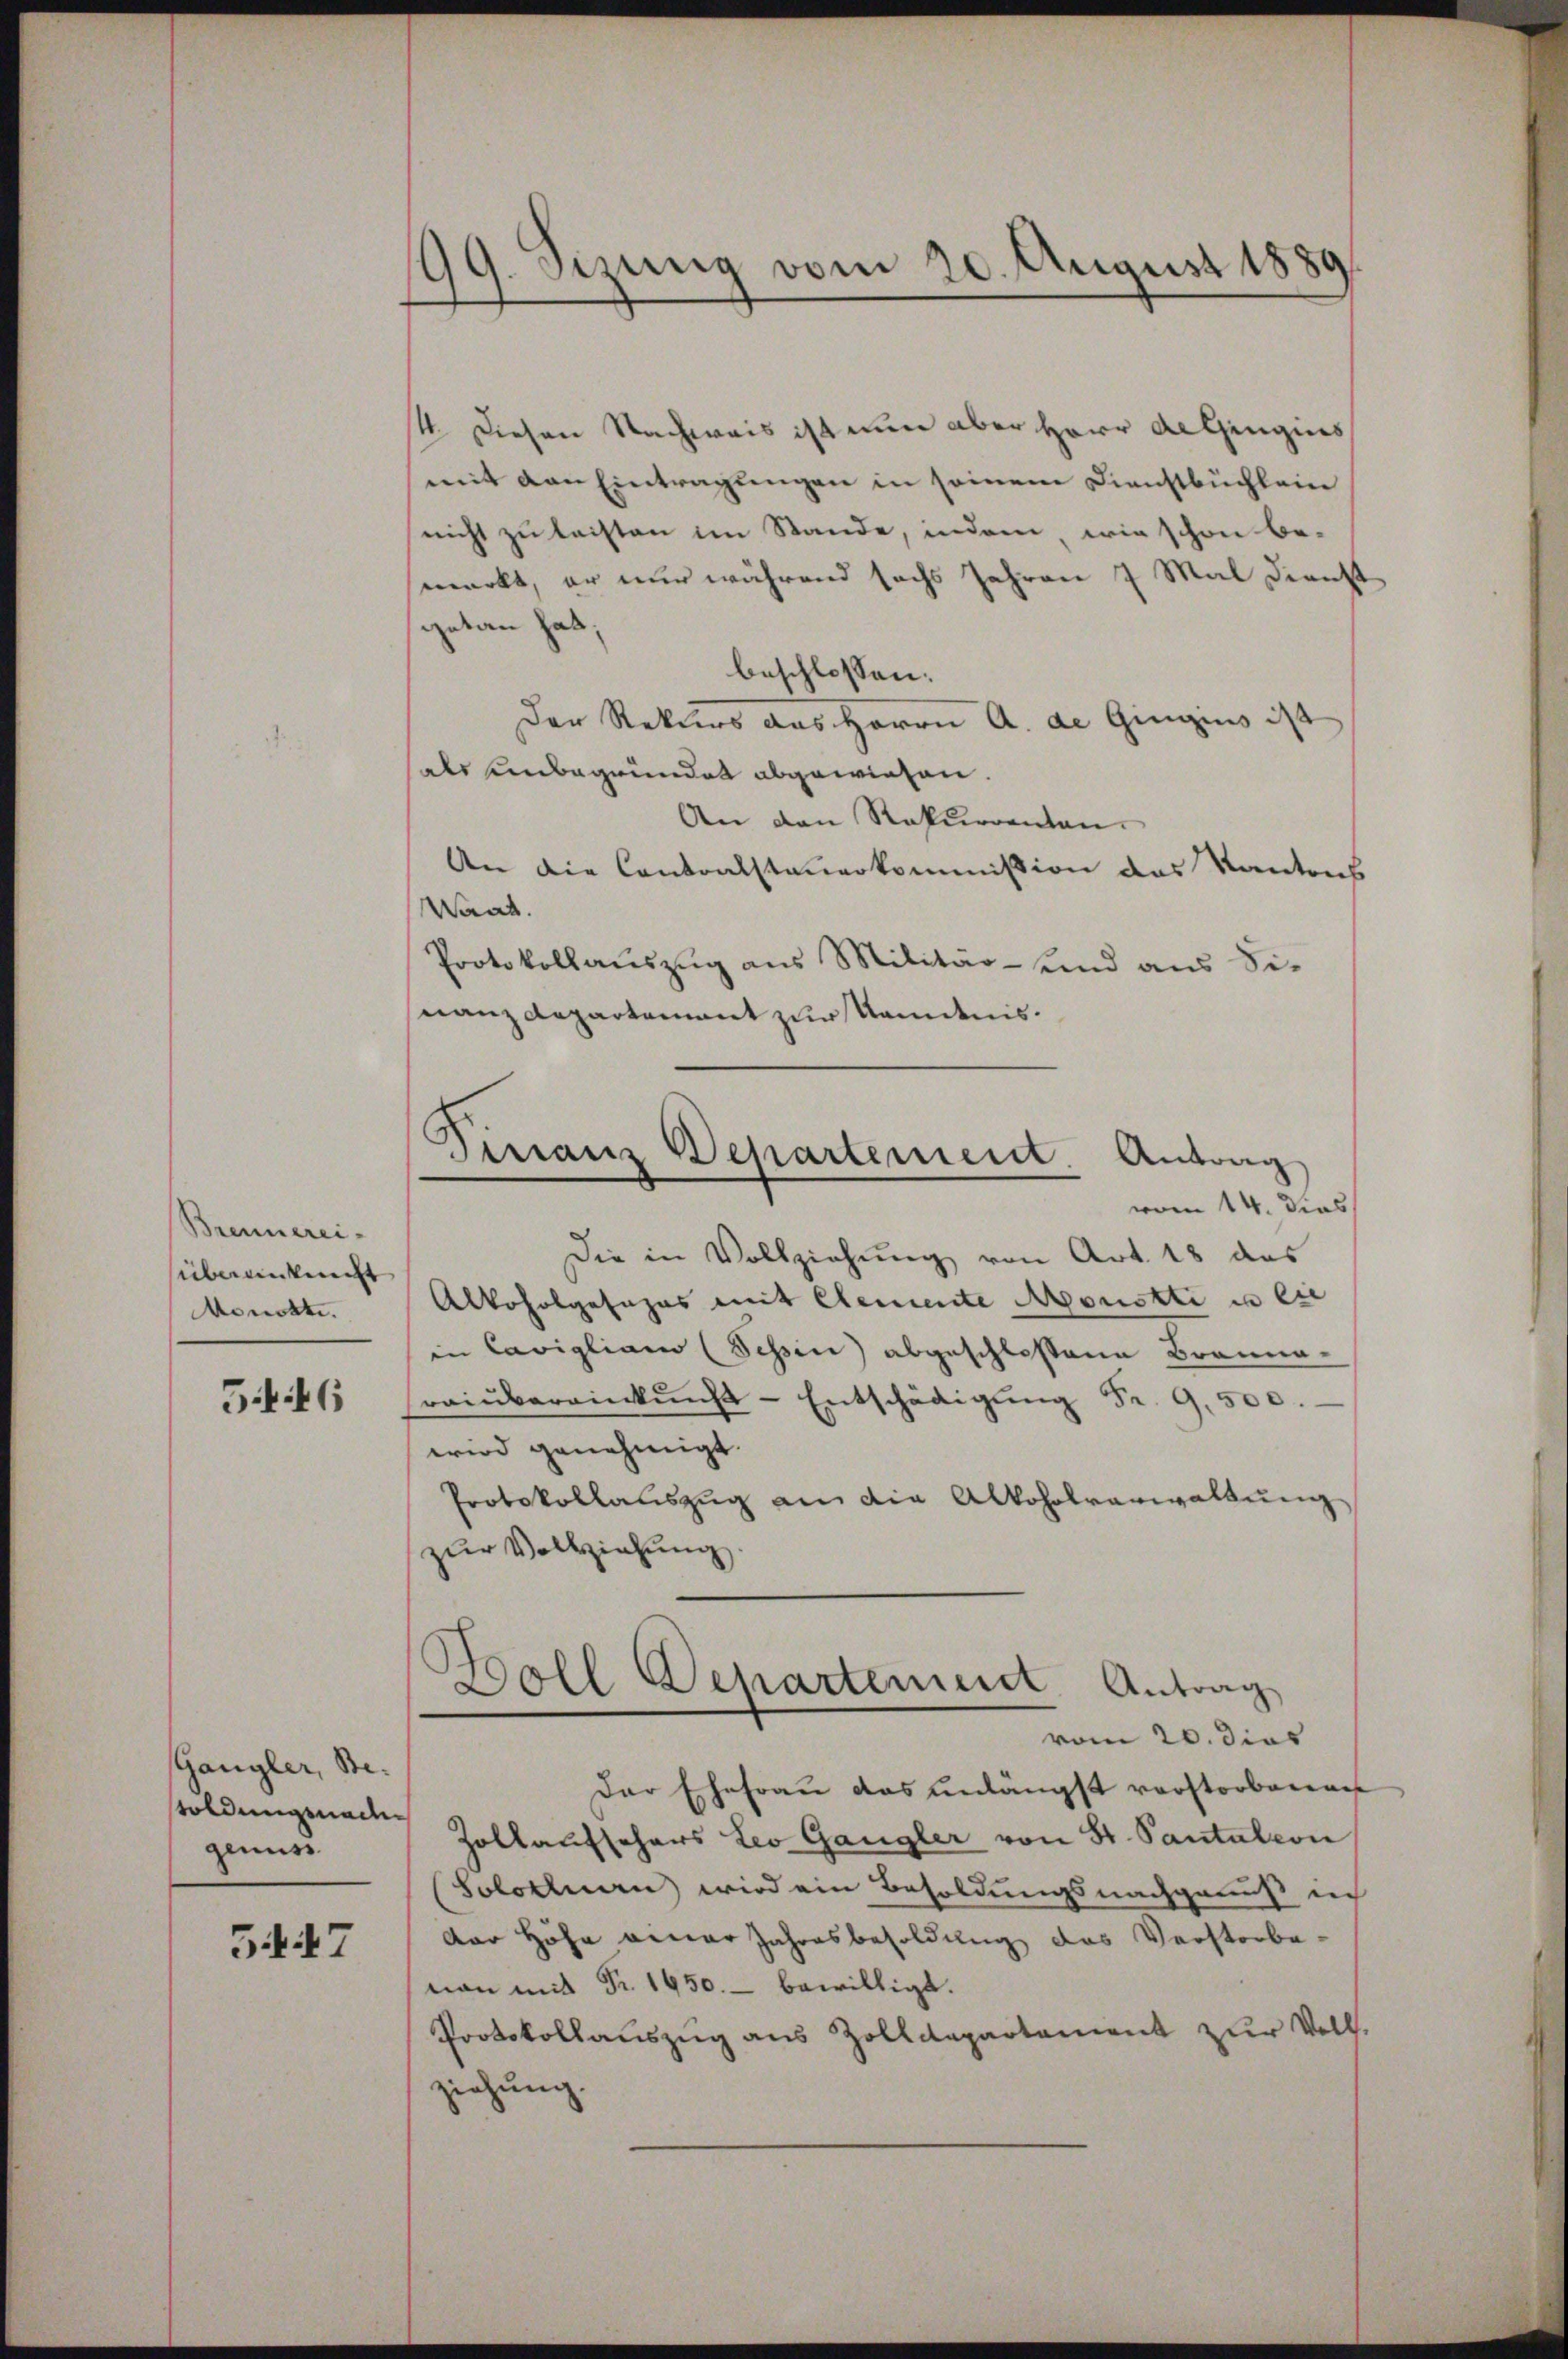
Brennereiübereinkunft
Menckte.

346

Gangler, Betoldungsnachgenuss

5447

99. Sizung vom 20. August 1889

Ginanz Departement. Antrag
vom 14. dies

14. Diesen Nachweis ist nun aber Herr Dr Gengies
mit von Eintragungen in seinem Dienstbüchlein
nicht zu leisten im Stande, indem wie schon be-
smerkt, er nur während sechs Jahren 7 Mal Dienst
getan hat;
beschlossen:
Der Rekurs das Herrn A. de Gingins ist
hals unbegründet abgewiesen.
An den Rekurrenten.
An die Contralsteuerkommission das Kantons
Waat.
Protokollauszug aus Militar- und aus Sinanzdepartement zur Kenntnis.
Die in Vollziehŭng von Art. 18 das
Alkoholgesezes mit Elemente Monotte in die
in Cavigliam (Schin) abgeschlossene Branna-
raiŭbereinkŭnft Entschädigŭng Fr. 9,500.
wird genehmigt.
Protokollauszug an die Alkoholverwaltung
zur Vollziehung
Boll Departement Antrag
vom 20. dies
Der Ehefrau das unlängst vorstorbenan
Zollaufschars Leo Gangler von St. Pantation
Solothurn wird ein Besoldungsnachgenuß ich
Der Höhe einer Jahresbesoldung das Verstorbe
man mit Fr. 1450. bewilligt.
Protokollauszug aus Zolldepartement zur Voll-
ziehung.